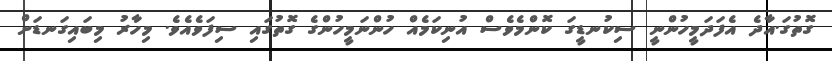
ގޮތުގަ.އާދެ އެފަދަމީހުންނީ ސިކުނޑީގަ ކޮންމެވެސް އުނިކަމެއް ހުންނަމީހުންގެ ގޮތުގައި ސިފަވެއެވެ. މިހާރު މިބައިގަނޑަށް